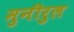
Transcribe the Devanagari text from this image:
मुनीरुल